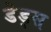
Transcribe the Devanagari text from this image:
डेड्स